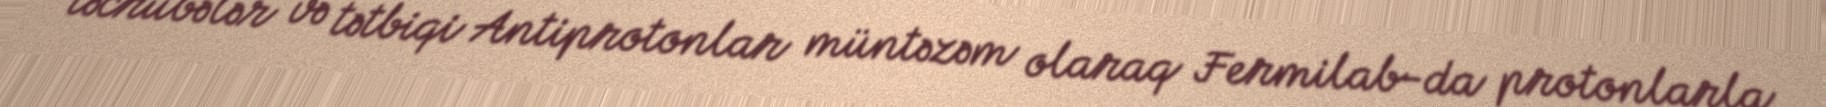
təcrübələr və tətbiqi Antiprotonlar müntəzəm olaraq Fermilab-da protonlarla